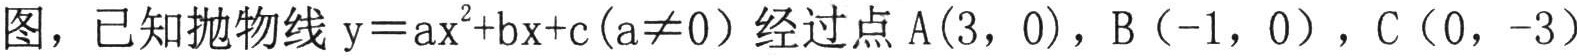
图，已知抛物线 \(y = ax^{2}+bx + c(a\neq0)\) 经过点 \(A(3,0)\)，\(B(-1,0)\)，\(C(0,-3)\)